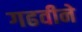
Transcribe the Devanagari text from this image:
गढवीने